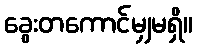
ခွေးတကောင်မျှမရှိ။